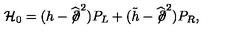
{ \mathcal H } _ { 0 } = ( h - \widehat { \not \! \partial } ^ { 2 } ) P _ { L } + ( \tilde { h } - \widehat { \not \! \partial } ^ { 2 } ) P _ { R } ,